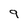
Character: 9